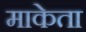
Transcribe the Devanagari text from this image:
माकेता